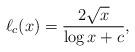
LaTeX: \begin{align*}\ell_c(x)=\frac{2\sqrt{x}}{\log x + c},\end{align*}